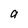
Character: a